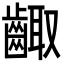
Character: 齱